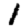
Digit: 1